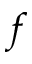
f